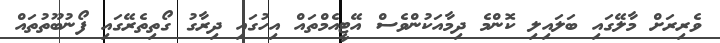
ވެރިރަށް މާލޭގައި ބަލައިލި ކޮންމެ ދިމާއަކުންވެސް އޭޓީއެމްތައް އިހުގައި ދިރާގު ގޯތިތެރޭގައި ފޯނުބޫތުތައް